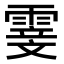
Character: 𮦢